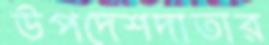
উপদেশদাতার